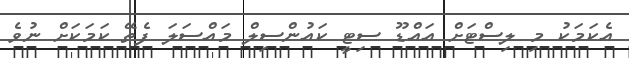
އެކަމަކު މި ލިސްޓަށް އައްޑޫ ސިޓީ ކައުންސިލް މައްސަލަ ފެތޭ ކަމަކަށް ނުވެ